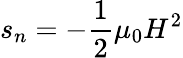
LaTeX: s_{n}=-\frac{1}{2}\mu_{0}H^{2}